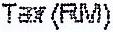
TAX(RM)